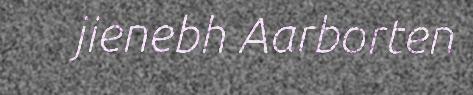
jienebh Aarborten